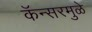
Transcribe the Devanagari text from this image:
कॅन्सरमुळे